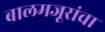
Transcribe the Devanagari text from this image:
बालमजूरांचा